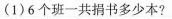
(1)6个班一共捐书多少本?